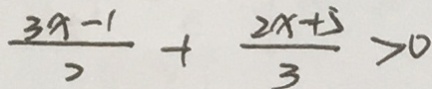
\frac { 3 x - 1 } { 2 } + \frac { 2 x + 5 } { 3 } > 0